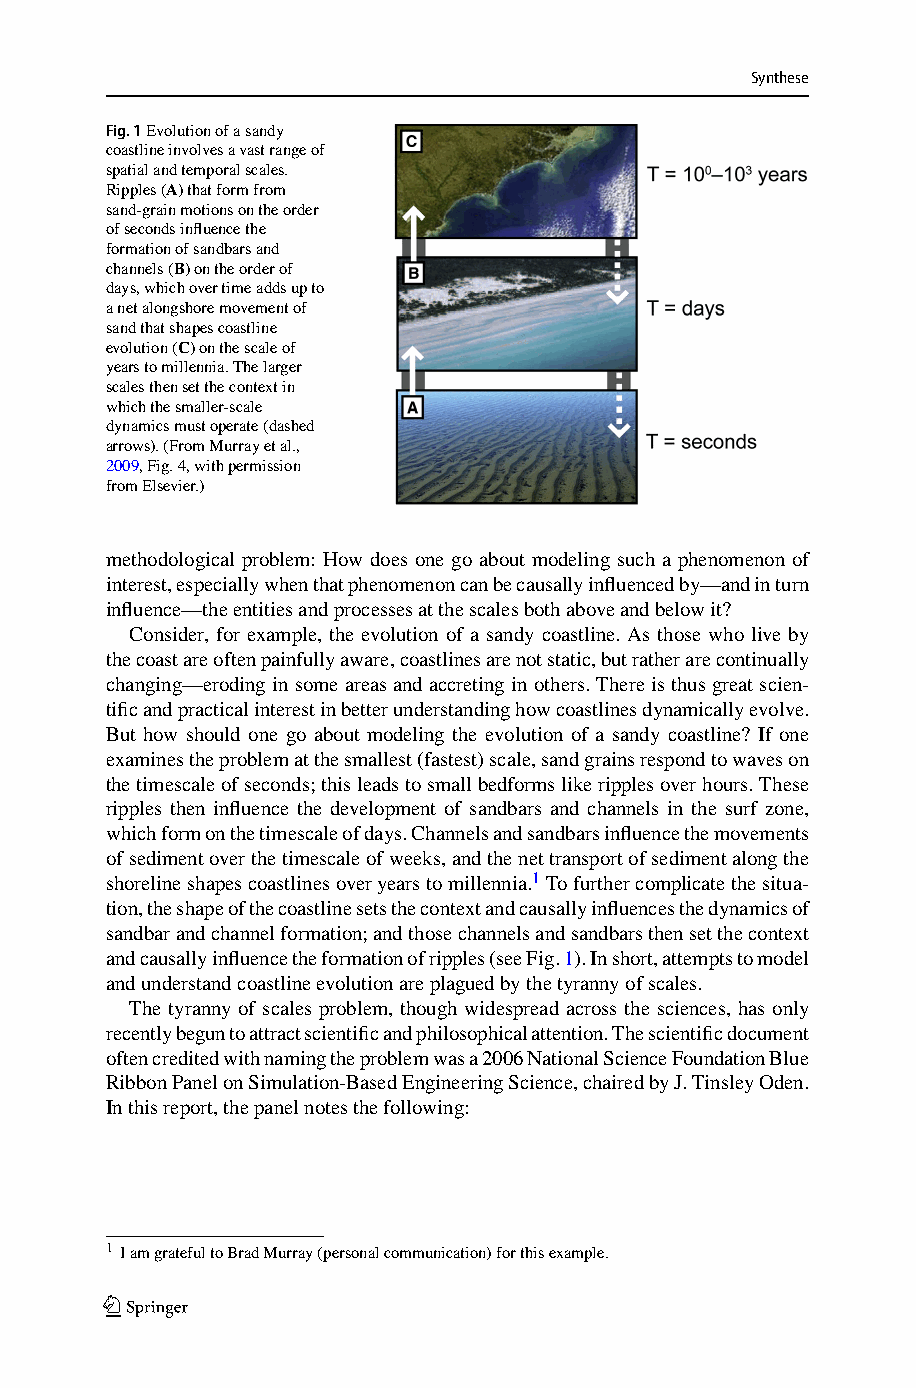
Synthese
 Fig.1Evolutionofasandy
 coastlineinvolvesavastrangeof
 spatialandtemporalscales.
 Ripples(A)thatformfrom
 sand-grainmotionsontheorder
 ofsecondsinfluencethe
 formationofsandbarsand
 channels(B)ontheorderof
 days,whichovertimeaddsupto
 anetalongshoremovementof
 sandthatshapescoastline
 evolution(C)onthescaleof
 yearstomillennia.Thelarger
 scalesthensetthecontextin
 whichthesmaller-scale
 dynamicsmustoperate(dashed
 arrows).(FromMurrayetal.,
 2009,Fig.4,withpermission
 fromElsevier.)
 methodological problem: How does one go about modeling such a phenomenon of
 interest,especiallywhenthatphenomenoncanbecausallyinfluencedby—andinturn
 influence—theentitiesandprocessesatthescalesbothaboveandbelowit?
 Consider, for example, the evolution of a sandy coastline. As those who live by
 thecoastareoftenpainfullyaware,coastlinesarenotstatic,butratherarecontinually
 changing—erodinginsomeareasandaccretinginothers.Thereisthusgreatscien-
 tificandpracticalinterestinbetterunderstandinghowcoastlinesdynamicallyevolve.
 But how should one go about modeling the evolution of a sandy coastline? If one
 examinestheproblematthesmallest(fastest)scale,sandgrainsrespondtowaveson
 thetimescaleofseconds;thisleadstosmallbedformslikeripplesoverhours.These
 ripples then influence the development of sandbars and channels in the surf zone,
 whichformonthetimescaleofdays.Channelsandsandbarsinfluencethemovements
 ofsedimentoverthetimescaleofweeks,andthenettransportofsedimentalongthe
 shorelineshapescoastlinesoveryearstomillennia.1 Tofurthercomplicatethesitua-
 tion,theshapeofthecoastlinesetsthecontextandcausallyinfluencesthedynamicsof
 sandbarandchannelformation;andthosechannelsandsandbarsthensetthecontext
 andcausallyinfluencetheformationofripples(seeFig.1).Inshort,attemptstomodel
 andunderstandcoastlineevolutionareplaguedbythetyrannyofscales.
 The tyranny of scales problem, though widespread across the sciences, has only
 recentlybeguntoattractscientificandphilosophicalattention.Thescientificdocument
 oftencreditedwithnamingtheproblemwasa2006NationalScienceFoundationBlue
 RibbonPanelonSimulation-BasedEngineeringScience,chairedbyJ.TinsleyOden.
 Inthisreport,thepanelnotesthefollowing:
 1 IamgratefultoBradMurray(personalcommunication)forthisexample.
 123